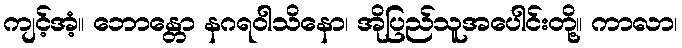
ကျင့်အံ့။ ဘောန္တော နဂရဝါသိနော၊ အိုပြည်သူအပေါင်းတို့။ ကာလာ၊